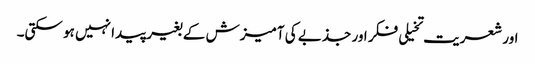
اور شعریت تخیلی فکر اور جذبے کی آمیزش کے بغیر پیدا نہیں ہو سکتی۔